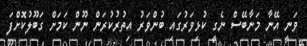
ވަނީ އޭނާ މަނާބޭސް ނެގީ ކުޅިވަރުގައި ބުންވަރު އިތުރުކުރަން ނޫން ކަމަށް ގަބޫލުކޮށްފަ